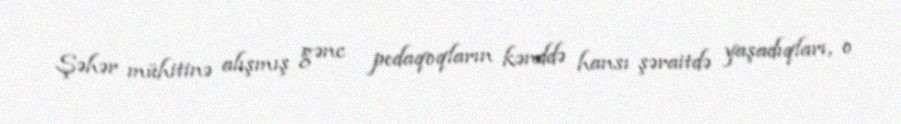
Şəhər mühitinə alışmış gənc pedaqoqların kənddə hansı şəraitdə yaşadıqları, o